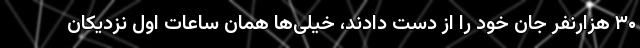
۳۰ هزارنفر جان خود را از دست دادند، خیلی‌ها همان ساعات اول نزدیکان